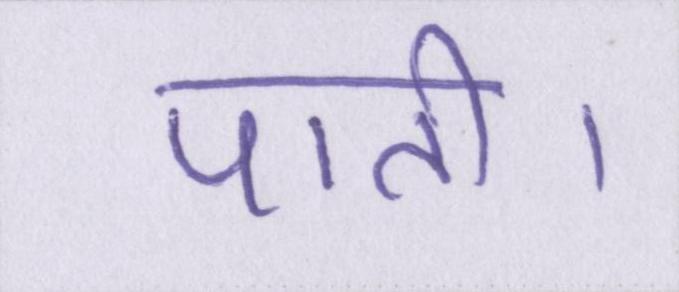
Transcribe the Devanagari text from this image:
पाती।